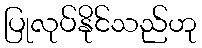
ပြုလုပ်နိုင်သည်ဟု